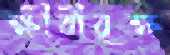
ক্ষীরীবৃক্ষ